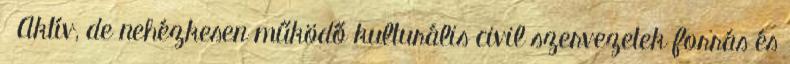
▪Aktív, de nehézkesen működő kulturális civil szervezetek forrás és